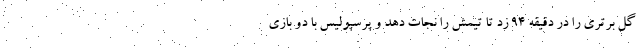
گل برتری را در دقیقه 94 زد تا تیمش را نجات دهد و پرسپولیس با دو بازی